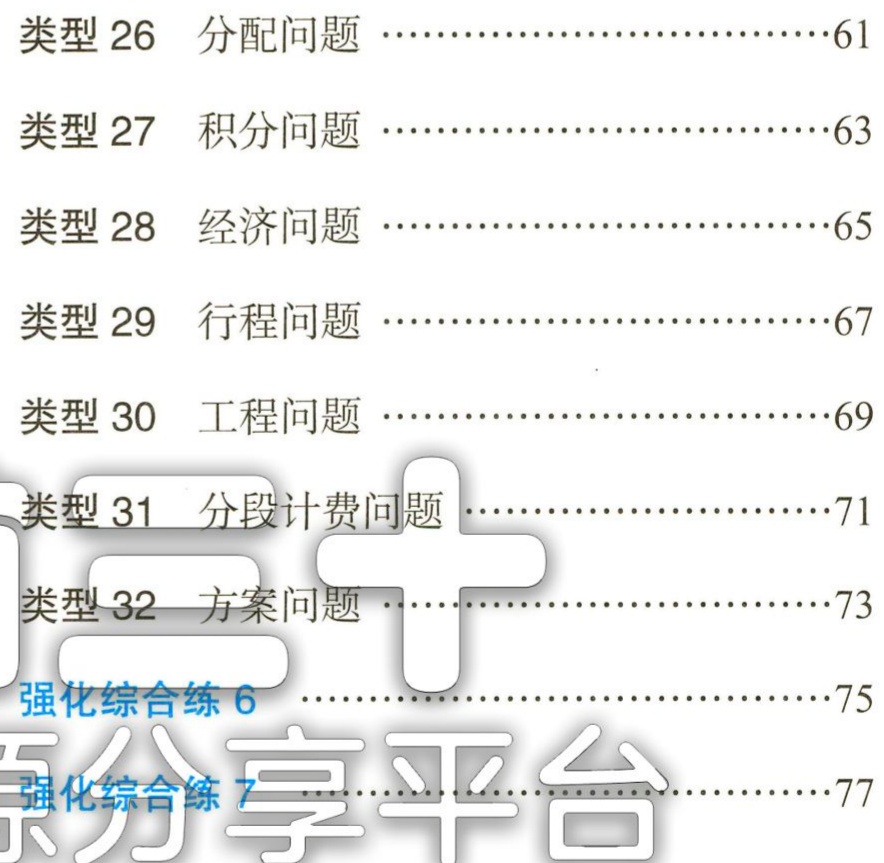
类型 26 分配问题 …………………………61\\

类型 27 积分问题 …………………………63\\

类型 28 经济问题 …………………………65\\

类型 29 行程问题 …………………………67\\

类型 30 工程问题 …………………………69\\

类型 31 分段计费问题 …………………………71\\

类型 32 方案问题 …………………………73\\

强化综合练 6 …………………………75\\

强化综合练 7 …………………………77\\